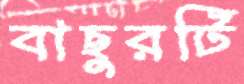
বাছুরটি